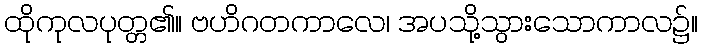
ထိုကုလပုတ္တ၏။ ဗဟိဂတကာလေ၊ အပသို့သွားသောကာလ၌။